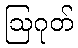
ဩဂုတ်